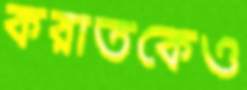
করাতকেও